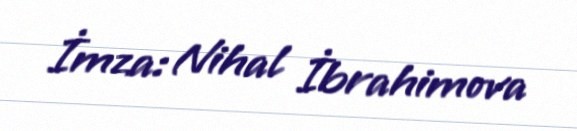
İmza: Nihal İbrahimova